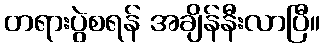
တရားပွဲစရန် အချိန်နီးလာပြီ။